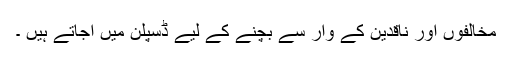
مخالفوں اور ناقدین کے وار سے بچنے کے لیے ڈسپلن میں آجاتے ہیں ۔